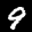
Label: 9